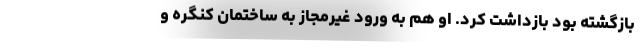
بازگشته بود بازداشت کرد. او هم به ورود غیرمجاز به ساختمان کنگره و